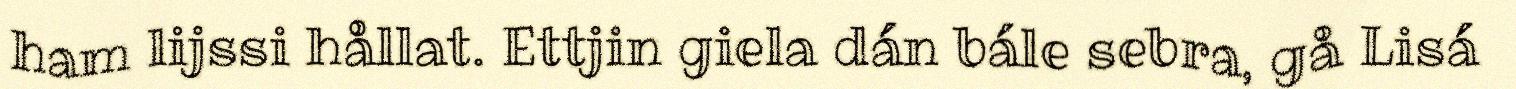
ham lijssi hållat. Ettjin giela dán bále sebra, gå Lisá